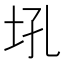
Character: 𪣂